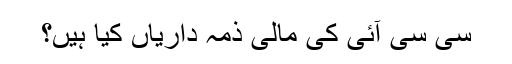
سی سی آئی کی مالی ذمہ داریاں کیا ہیں؟